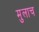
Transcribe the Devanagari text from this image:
मुलाच